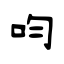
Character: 呁